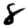
Digit: 8